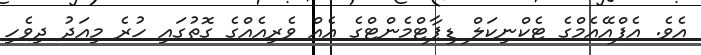
އެވެ. އެފްއޭއެމްގެ ޓެކްނިކަލް ޑިޕާޓްމެންޓްގެ އެއް ވެރިއެއްގެ ގޮތުގައި ހުރެ މިއަދު ދިވެހި